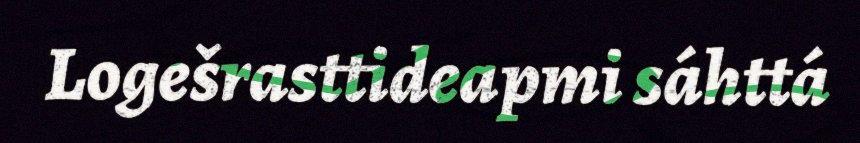
Logešrasttideapmi sáhttá